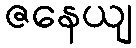
ဇနေယျ